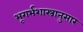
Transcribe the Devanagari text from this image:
भूगर्भशास्त्रानुसार